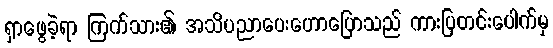
ရှာဖွေခဲ့ရာ ကြက်သား၏ အသိပညာပေးဟောပြောသည် ကားပြတင်းပေါက်မှ